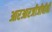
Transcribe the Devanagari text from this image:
आरआरजीजीबीबी